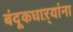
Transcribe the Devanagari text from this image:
बंदूकधाऱ्यांना